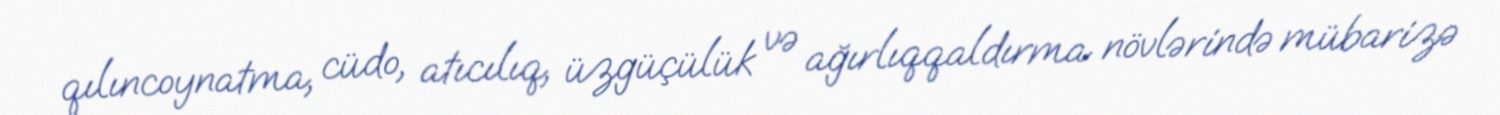
qılıncoynatma, cüdo, atıcılıq, üzgüçülük və ağırlıqqaldırma növlərində mübarizə